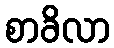
စာခိလာ